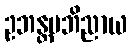
ဥဘန္တမဘိညာယ